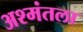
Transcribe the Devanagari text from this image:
अश्मंतला